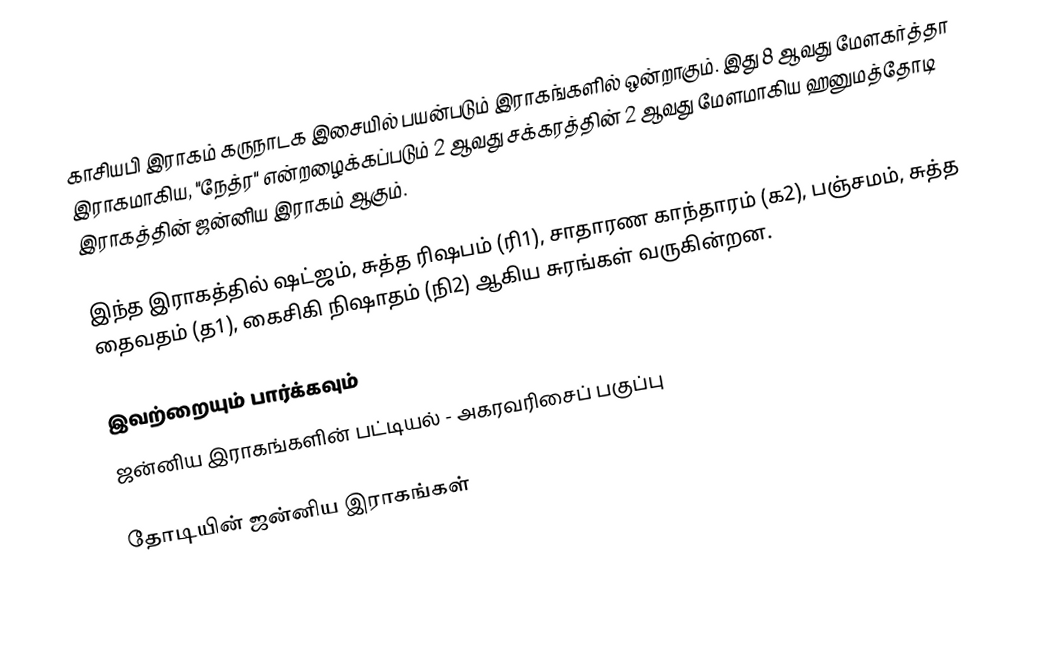
காசியபி இராகம் கருநாடக இசையில் பயன்படும் இராகங்களில் ஒன்றாகும். இது 8 ஆவது மேளகர்த்தா இராகமாகிய, "நேத்ர" என்றழைக்கப்படும் 2 ஆவது சக்கரத்தின் 2 ஆவது மேளமாகிய ஹனுமத்தோடி இராகத்தின் ஜன்னிய இராகம் ஆகும்.

இந்த இராகத்தில் ஷட்ஜம், சுத்த ரிஷபம் (ரி1),  சாதாரண காந்தாரம் (க2), பஞ்சமம், சுத்த தைவதம் (த1), கைசிகி நிஷாதம்  (நி2) ஆகிய சுரங்கள் வருகின்றன.

இவற்றையும் பார்க்கவும்
 ஜன்னிய இராகங்களின் பட்டியல் - அகரவரிசைப் பகுப்பு

தோடியின் ஜன்னிய இராகங்கள்